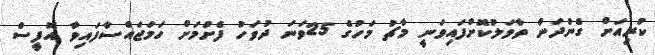
ކުރިއަށް ގެންދަން ތާވަލުކޮށްފައިވަނީ މާޗު މަހުގެ 25ވަނަ ދުވަހު ފެށުމަށް ހަމަޖައްސާފައިވާ އޮފީސް